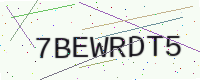
Text: 7BEWRDT5